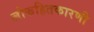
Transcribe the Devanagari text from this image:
लोकहितकारणी